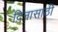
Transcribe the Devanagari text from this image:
दिनासाठी